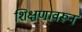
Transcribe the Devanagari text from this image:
शिक्षणावरून